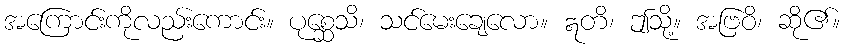
အကြောင်းကိုလည်းကောင်း။ ပုစ္ဆေသိ၊ သင်မေးချေလော။ ဣတိ၊ ဤသို့။ အဗြဝိ၊ ဆို၏။